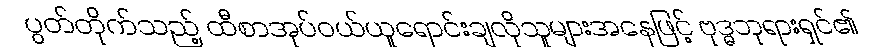
ပွတ်တိုက်သည့် ထီစာအုပ်ဝယ်ယူရောင်းချလိုသူများအနေဖြင့် ဗုဒ္ဓဘုရားရှင်၏